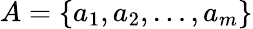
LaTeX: A=\{ a_{1},a_{2},\dots,a_{m}\}